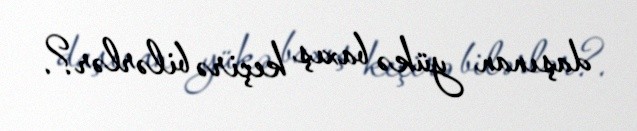
daşınan yükə baxış keçirə bilərlər?.